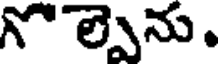
ల్పెను.